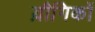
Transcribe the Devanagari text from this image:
य़ौगिकों